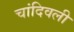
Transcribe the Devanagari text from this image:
चांदिवली